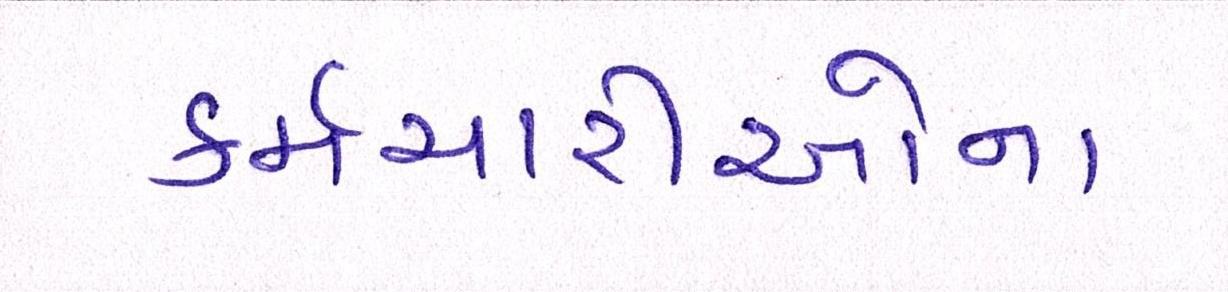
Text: કર્મચારીઓના